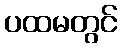
ပထမတွင်